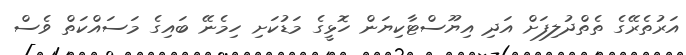
އަރުތެރޭގެ ތެތްދުލިފަށް އަދި އިޔޫސްޓާކިޔަން ހޮޅީގެ މަޑުކަށި ހިމެނޭ ބައިގެ މަސައްކަތް ވެސް